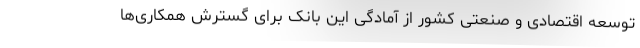
توسعه اقتصادی و صنعتی کشور از آمادگی این بانک برای گسترش همکاری‌ها